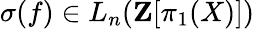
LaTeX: \sigma(f)\in L_{n}(\mathbf{Z}[\pi_{1}(X)])